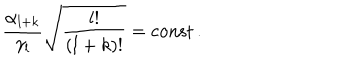
\frac { \alpha _ { l + k } } { \gamma _ { l } } \sqrt { \frac { l ! } { ( l + k ) ! } } = \mathrm { c o n s t } \, .